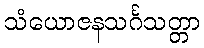
သံယောဇနသင်္ဂသတ္တာ